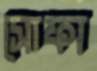
সোফা